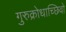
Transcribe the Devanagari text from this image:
गुरुक्रोधाच्छिवो